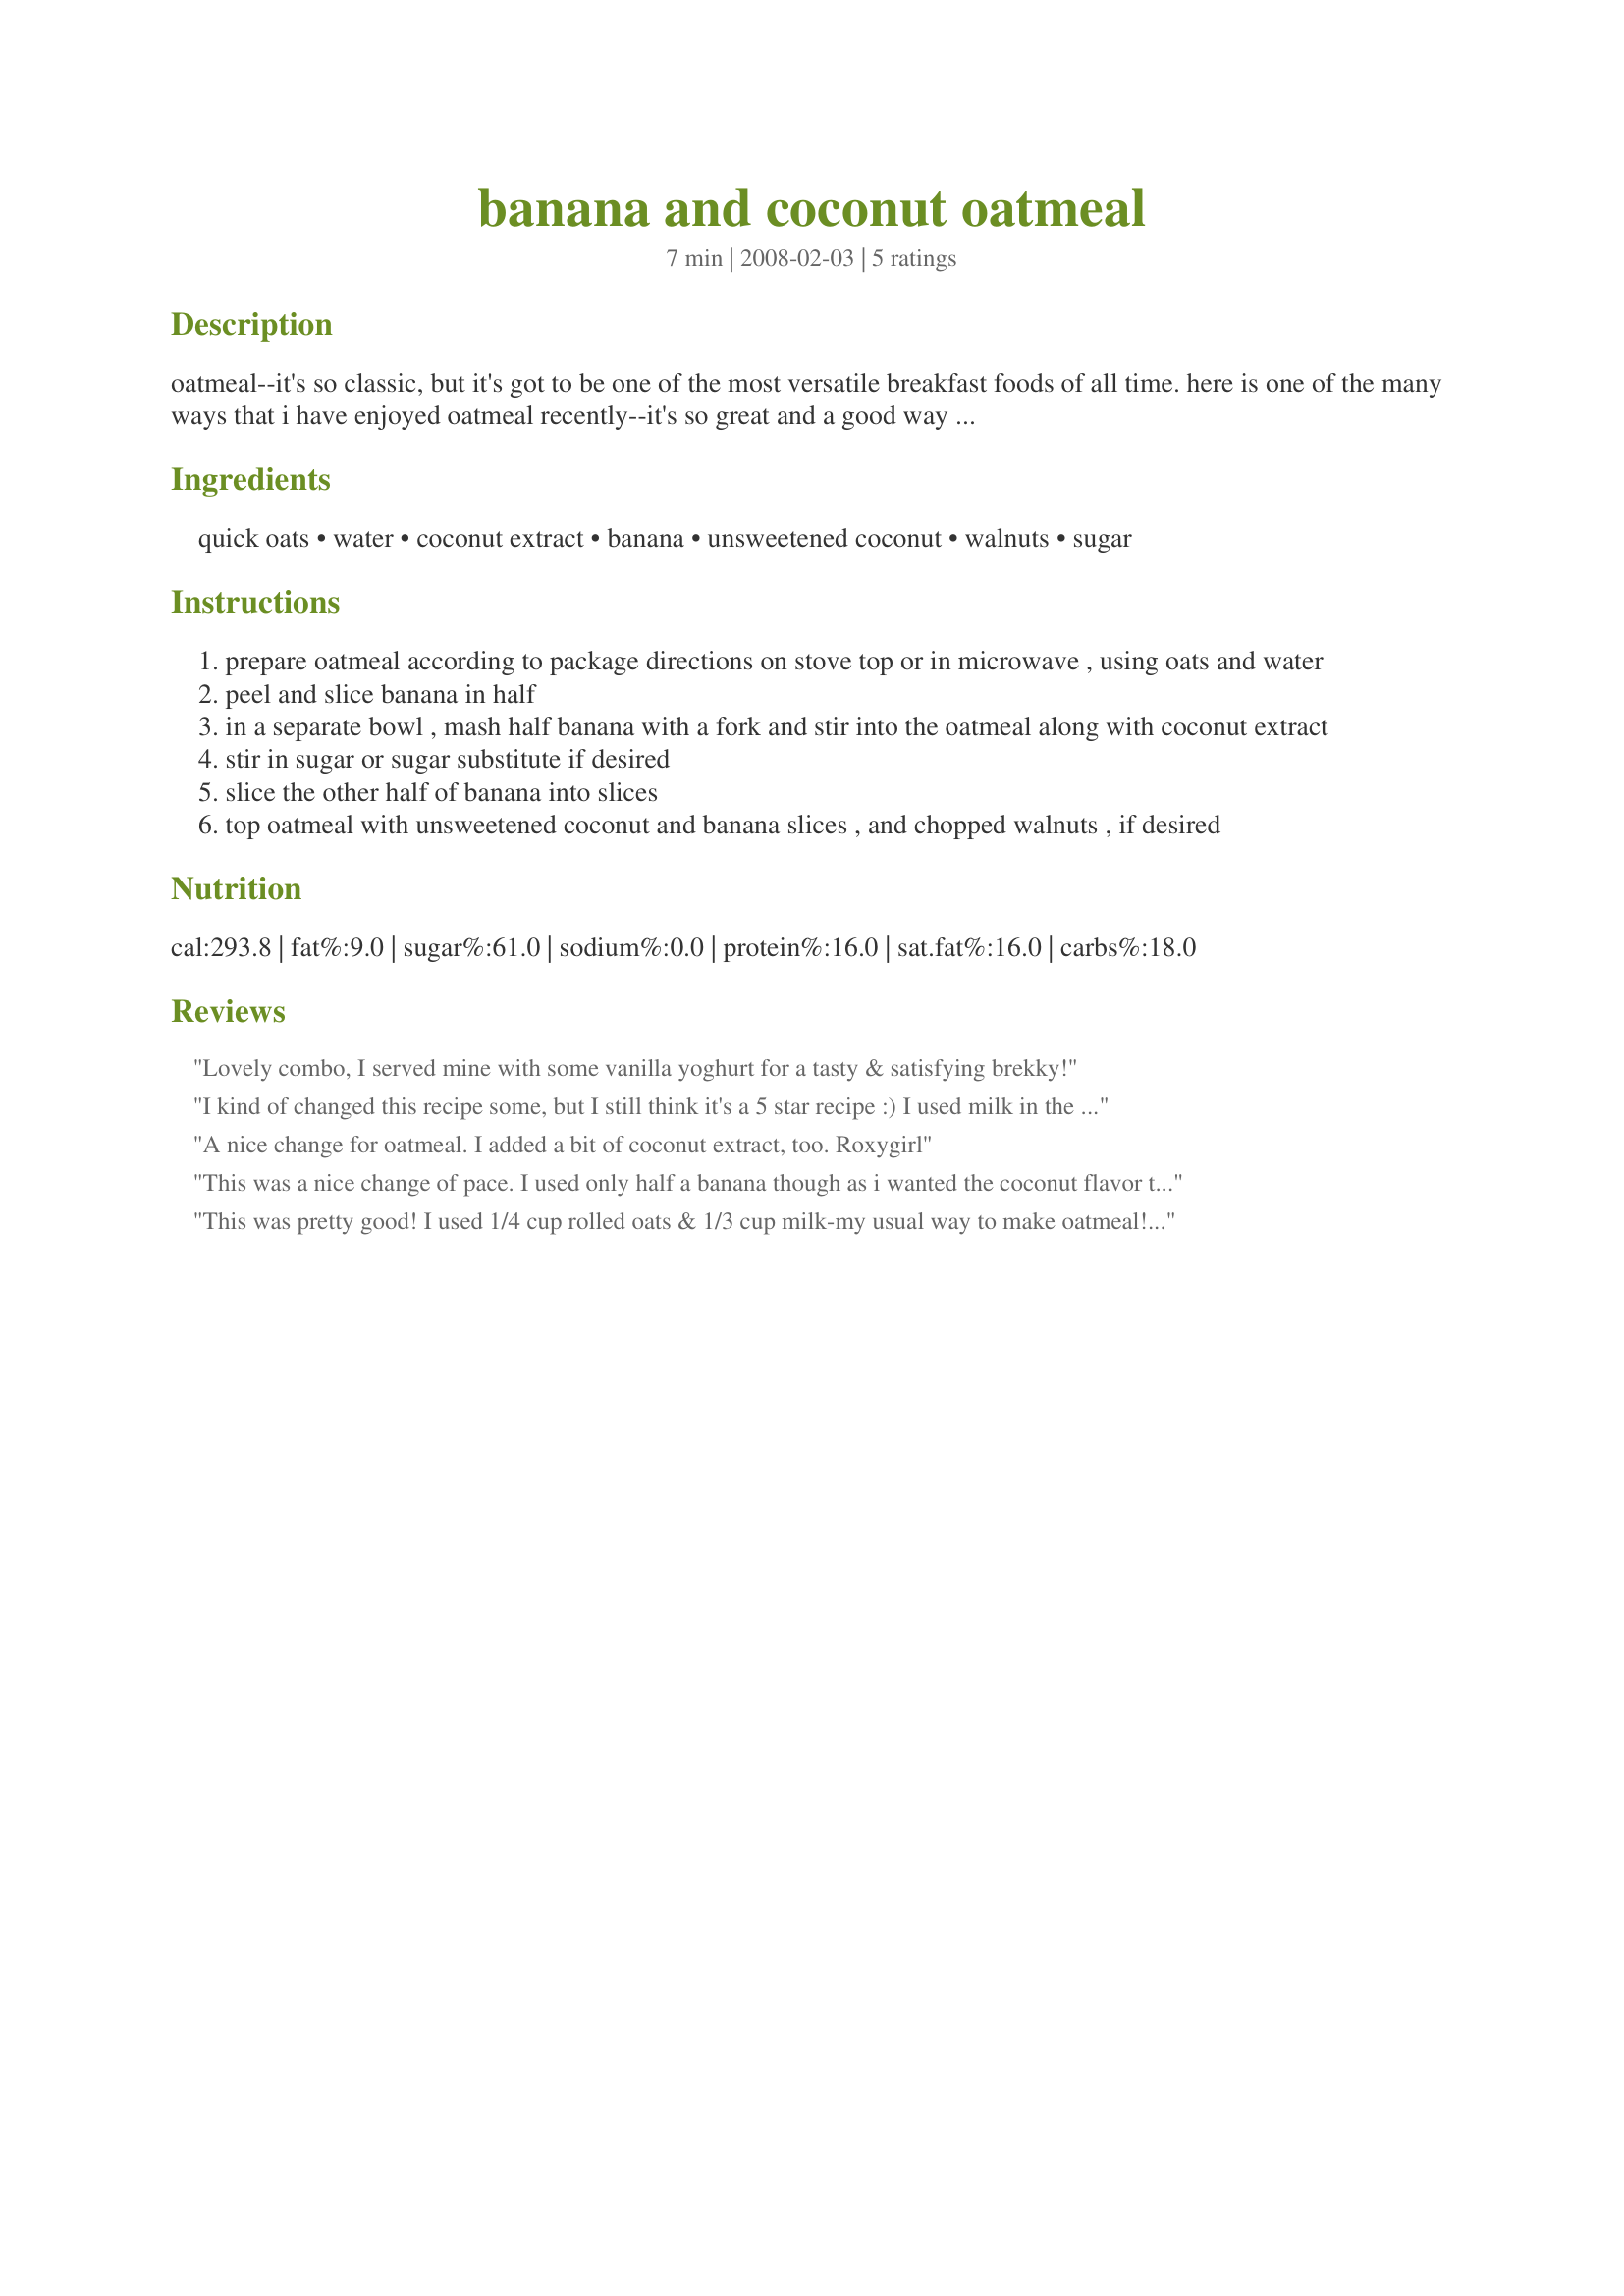
banana and coconut oatmeal
Preparation time: 7 minutes

oatmeal--it's so classic, but it's got to be one of the most versatile breakfast foods of all time. here is one of the many ways that i have enjoyed oatmeal recently--it's so great and a good way to get in some fruit for the day. serve with a glass of skim milk or a yogurt for a nutritious breakfast!

Ingredients:
quick oats, water, coconut extract, banana, unsweetened coconut, walnuts, sugar

Steps:
prepare oatmeal according to package directions on stove top or in microwave , using oats and water
peel and slice banana in half
in a separate bowl , mash half banana with a fork and stir into the oatmeal along with coconut extract
stir in sugar or sugar substitute if desired
slice the other half of banana into slices
top oatmeal with unsweetened coconut and banana slices , and chopped walnuts , if desired

Reviews:
Lovely combo, I served mine with some vanilla yoghurt for a tasty & satisfying brekky!
I kind of changed this recipe some, but I still think it's a 5 star recipe :) I used milk in the oatmeal in place of water and almonds for the walnuts. Used coconut flakes cause that's all I had. So yummy and will make again!!
A nice change for oatmeal. I added a bit of coconut extract, too.
Roxygirl
This was a nice change of pace. I used only half a banana though as i wanted the coconut flavor to be stronger. I sprinkled a few chocolate chips in it for my toddler who then gobbled it all up. (she need a new twist on oatmeal too!) Thanks for posting - will DEFINITELY make it again!
This was pretty good! I used 1/4 cup rolled oats & 1/3 cup milk-my usual way to make oatmeal! I still used the 1/4 tsp extract & 1 tsp coconut. To me, it needed 1/8 tsp cinnamon-for color & that great taste! I used 1 Splenda pkt, no nuts & made this in the microwave. I love banana oatmeal & this was a great new twist. Thank u for sharing.
